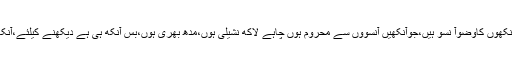
آنکھ کی زینت آنسوہیں، آنکھوں کاوضوآ نسو ہیں،جوآنکھیں آنسوؤں سے محروم ہوں چاہے لاکھ نشیلی ہوں،مدھ بھری ہوں،بس آنکھ ہی ہے دیکھنے کیلئے،آنکھیں اورآنسوؤں کے بغیر!